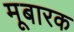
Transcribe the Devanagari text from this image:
मूबारक